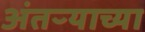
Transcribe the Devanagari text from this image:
अंतऱ्याच्या